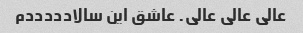
عالی عالی عالی. عاشق این سالادددددم